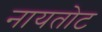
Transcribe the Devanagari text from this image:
नायतोट